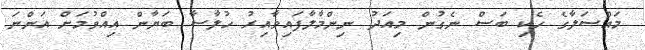
މައްސަލާގެ ހެކި ބަސް ނެގުން މިއަދު ނިންމާލާފައިވާއިރު ހުލާސާ ބަޔާން އިއްވުމަށް އަންނަ